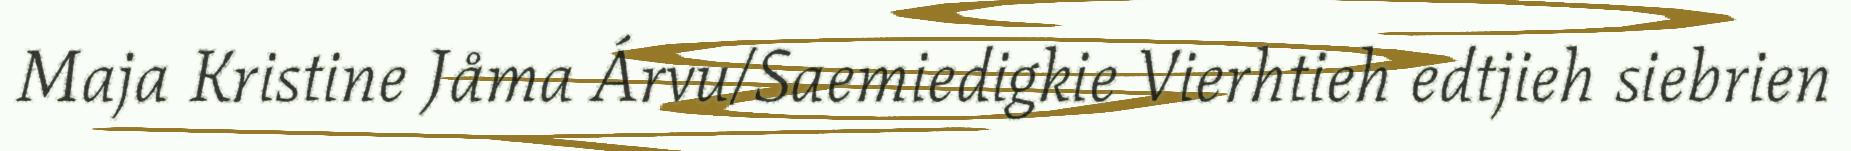
Maja Kristine Jåma Árvu/Saemiedigkie Vierhtieh edtjieh siebrien